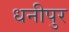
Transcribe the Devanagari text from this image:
धनीपुर